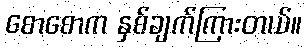
စောစောက နှစ်ချက်ကြားတယ်။